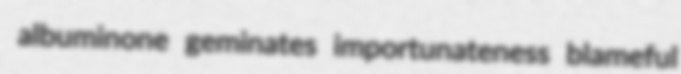
albuminone geminates importunateness blameful